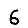
Digit: 6